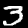
Digit: 3